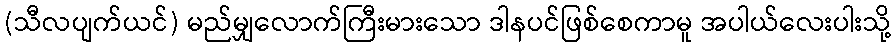
(သီလပျက်ယင်) မည်မျှလောက်ကြီးမားသော ဒါနပင်ဖြစ်စေကာမူ အပါယ်လေးပါးသို့